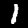
Label: 1